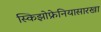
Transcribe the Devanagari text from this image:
स्किझोफ्रेनियासारखा